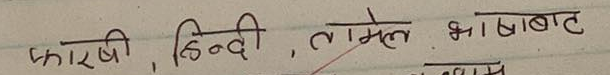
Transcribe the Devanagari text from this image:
फारसी, हिन्दी, तमिल भाषाबाट